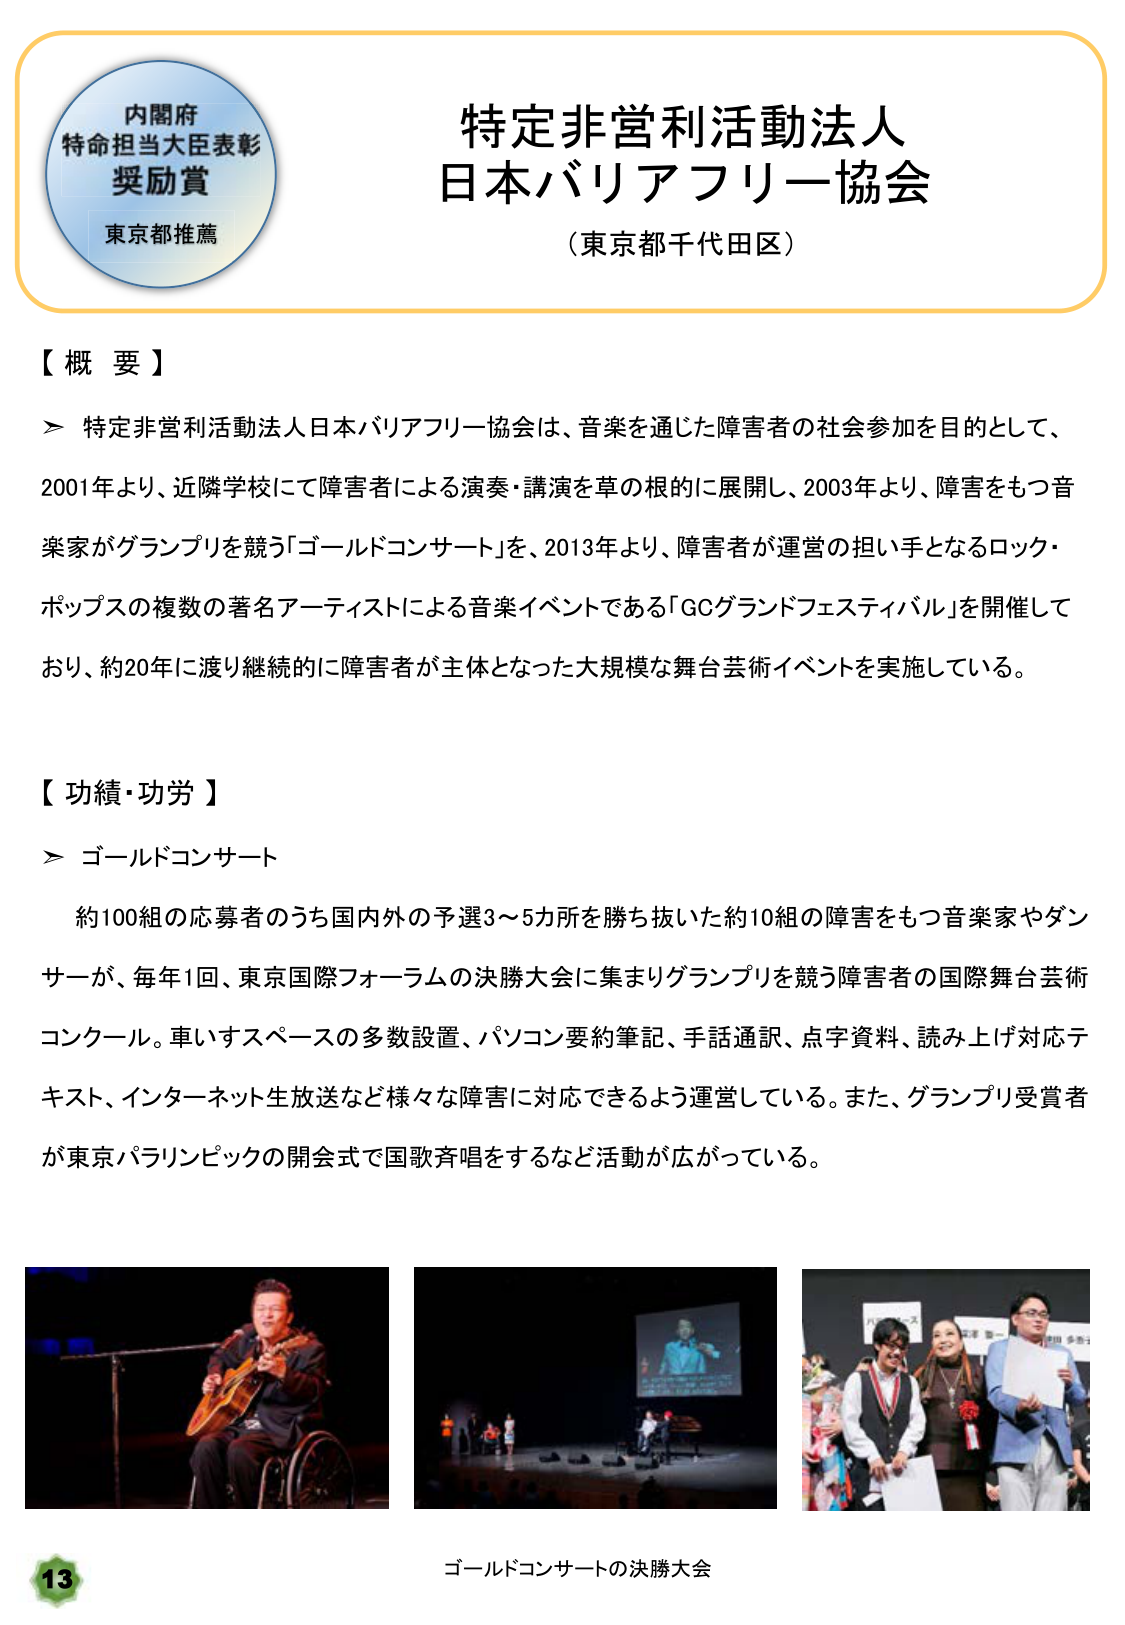
内閣府
特命担当大臣表彰
奨励賞
東京都推薦

特定非営利活動法人
日本バリアフリー協会
（東京都千代田区）

【概要】
＞ 特定非営利活動法人日本バリアフリー協会は、音楽を通じた障害者の社会参加を目的として、
2001年より、近隣学校にて障害者による演奏・講演を草の根的に展開し、2003年より、障害をもつ音
楽家がグランプリを競う「ゴールドコンサート」を、2013年より、障害者が運営の担い手となるロック・
ポップスの複数の著名アーティストによる音楽イベントである「GCグランドフェスティバル」を開催して
おり、約20年に渡り継続的に障害者が主体となった大規模な舞台芸術イベントを実施している。

【功績・功労】
＞ ゴールドコンサート
　約100組の応募者のうち国内外の予選3～5カ所を勝ち抜いた約10組の障害をもつ音楽家やダン
　サーが、毎年1回、東京国際フォーラムの決勝大会に集まりグランプリを競う障害者の国際舞台芸術
　コンクール。車いすスペースの多数設置、パソコン要約筆記、手話通訳、点字資料、読み上げ対応テ
　キスト、インターネット生放送など様々な障害に対応できるよう運営している。また、グランプリ受賞者
　が東京パラリンピックの開会式で国歌斉唱をするなど活動が広がっている。

ゴールドコンサートの決勝大会

13